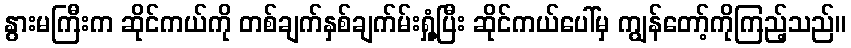
နွားမကြီးက ဆိုင်ကယ်ကို တစ်ချက်နှစ်ချက်မ်းရှုံ့ပြီး ဆိုင်ကယ်ပေါ်မှ ကျွန်တော့်ကိုကြည့်သည်။